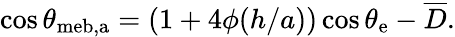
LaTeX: \cos\theta_{\mathrm{{meb,a}}}=(1+4\phi(h/a))\cos\theta_{\mathrm{{e}}}-\overline{{D}}.